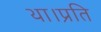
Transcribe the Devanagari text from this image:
था।प्रति